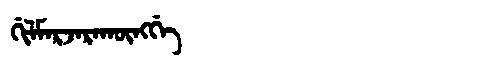
Manchu: ᡤᡳᠯᠮᠠᡵᠵᠠᡵᠠᡴᡡᠩᡤᡝ
Romanization: GILMARJARAKŪNGGE